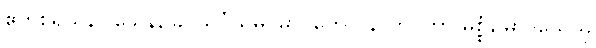
ဧကစရိယနိဝါသေန, ခဂ္ဂသိင်္ဂသမူပမာ၊ တေပိ နာတိဂတာ မစ္စုံ, မာဒိသေသု